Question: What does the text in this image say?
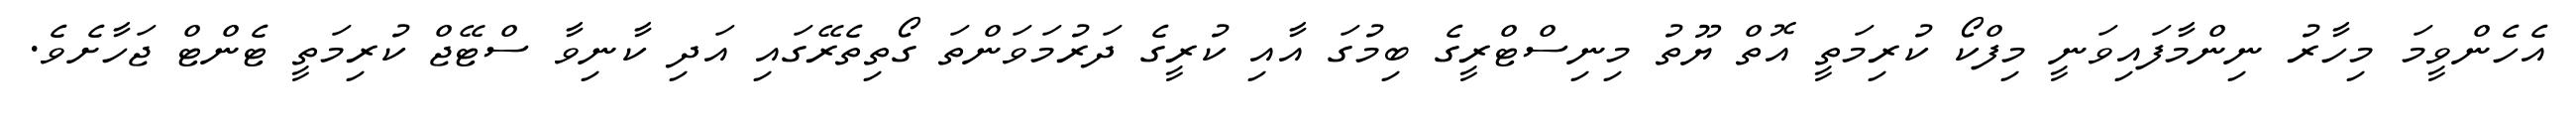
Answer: އެހެންވީމަ މިހާރު ނިންމާފައިވަނީ މިފްކޯ ކުރިމަތީ އޮތް ޔޫތު މިނިސްޓްރީގެ ބިމުގަ އާއި ކުރީގެ ދަރުމަވަންތަ ގޯތިތެރޭގައި އަދި ކާނިވާ ސްޓޭޖް ކުރިމަތީ ޓެންޓް ޖަހާށެވެ.